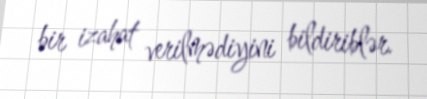
bir izahat verilmədiyini bildiriblər.